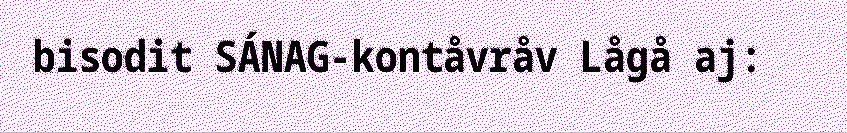
bisodit SÁNAG-kontåvråv Lågå aj: